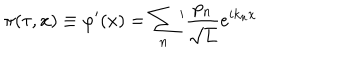
\pi ( \tau , x ) \equiv \varphi ^ { \prime } ( x ) = \sum _ { n } { } ^ { \prime } \frac { p _ { n } } { \sqrt { L } } e ^ { i k _ { n } x }